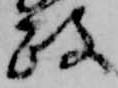
政